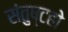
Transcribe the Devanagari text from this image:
संतुष्टहो